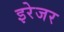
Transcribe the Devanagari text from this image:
इरेजर